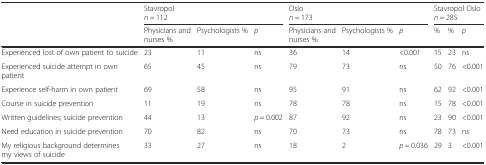
<table><thead><tr><td rowspan="3"></td><td colspan="3"><b>Stavropol</b></td><td colspan="3"><b>Oslo</b></td><td colspan="3"><b>Stavropol Oslo</b></td></tr><tr><td colspan="3"><b><i>n</i> = 112</b></td><td colspan="3"><b><i>n</i> = 173</b></td><td colspan="3"><b><i>n</i> = 285</b></td></tr><tr><td><b>Physicians and nurses %</b></td><td><b>Psychologists %</b></td><td><b><i>p</i></b></td><td><b>Physicians and nurses %</b></td><td><b>Psychologists %</b></td><td><b><i>p</i></b></td><td><b>%</b></td><td><b>%</b></td><td><b><i>p</i></b></td></tr></thead><tbody><tr><td>Experienced lost of own patient to suicide</td><td>23</td><td>11</td><td>ns</td><td>36</td><td>14</td><td>&lt;0.001</td><td>15</td><td>23</td><td>ns</td></tr><tr><td>Experienced suicide attempt in own patient</td><td>65</td><td>45</td><td>ns</td><td>79</td><td>73</td><td>ns</td><td>50</td><td>76</td><td>&lt;0.001</td></tr><tr><td>Experience self-harm in own patient</td><td>69</td><td>58</td><td>ns</td><td>95</td><td>91</td><td>ns</td><td>62</td><td>92</td><td>&lt;0.001</td></tr><tr><td>Course in suicide prevention</td><td>11</td><td>19</td><td>ns</td><td>78</td><td>78</td><td>ns</td><td>15</td><td>78</td><td>&lt;0.001</td></tr><tr><td>Written guidelines; suicide prevention</td><td>44</td><td>13</td><td><i>p</i> = 0.002</td><td>87</td><td>92</td><td>ns</td><td>23</td><td>90</td><td>&lt;0.001</td></tr><tr><td>Need education in suicide prevention</td><td>70</td><td>82</td><td>ns</td><td>70</td><td>73</td><td>ns</td><td>78</td><td>73</td><td>ns</td></tr><tr><td>My religious background determines my views of suicide</td><td>33</td><td>27</td><td>ns</td><td>18</td><td>2</td><td><i>p</i> = 0.036</td><td>29</td><td>3</td><td>&lt;0.001</td></tr></tbody></table>